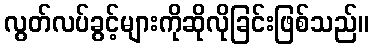
လွတ်လပ်ခွင့်များကိုဆိုလိုခြင်းဖြစ်သည်။